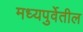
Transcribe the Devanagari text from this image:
मध्यपुर्वेतील